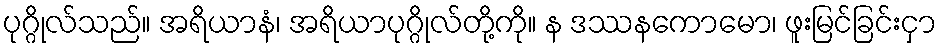
ပုဂ္ဂိုလ်သည်။ အရိယာနံ၊ အရိယာပုဂ္ဂိုလ်တို့ကို။ န ဒဿနကောမော၊ ဖူးမြင်ခြင်းငှာ